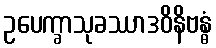
ဥပေက္ခာသုခဿာဒဝိနိဗန္ဓံ